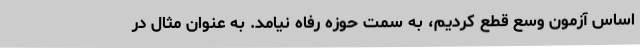
اساس آزمون وسع قطع کردیم، به سمت حوزه رفاه نیامد. به عنوان مثال در